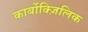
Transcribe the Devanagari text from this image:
कार्बोक्ज़िलिक